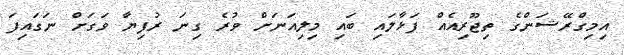
އިމިގްރޭޝަންގެ ތިޖޫރިއެއް ފަޅާލައި ބައި މިލިއަނަށް ވުރެ ގިނަ ރުފިޔާ ވަގަށް ނަގައިފަ